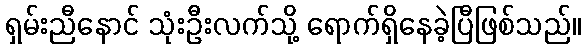
ရှမ်းညီနောင် သုံးဦးလက်သို့ ရောက်ရှိနေခဲ့ပြီဖြစ်သည်။